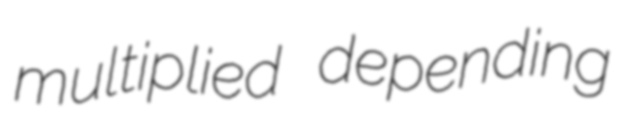
multiplied depending